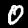
Label: 0